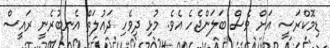
ޑިމޮކްރަސީ އަށް ވެސް ބަލަންޖެހެ އެވެ. މުޅި ދިވެހި ދައުލަތް އެނބުރެނީ ރައީސް